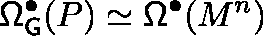
\mathsf { \Omega } _ { \mathsf { G } } ^ { \bullet } ( P ) \simeq \mathsf { \Omega } ^ { \bullet } ( M ^ { n } )